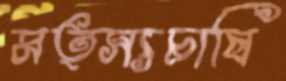
মত্স্যচাষি